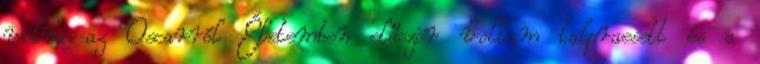
volna az Oscarról Életemben először voltam talpraesett és a